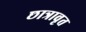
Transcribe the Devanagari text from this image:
छात्रावृत